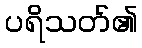
ပရိသတ်၏